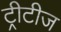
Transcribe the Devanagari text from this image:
ट्रीटीज